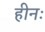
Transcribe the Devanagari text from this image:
हीनः